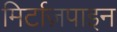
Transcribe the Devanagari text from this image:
मिर्टाज़पाइन